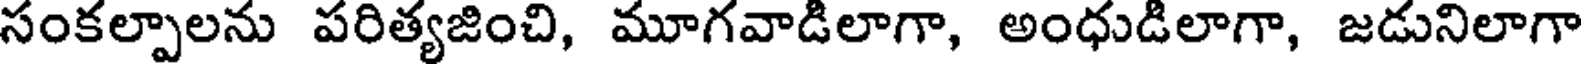
సంకల్పాలను పరిత్యజించి, మూగవాడిలాగా, అంధుడిలాగా, జడునిలాగా